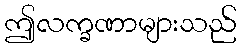
ဤလက္ခဏာများသည်